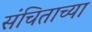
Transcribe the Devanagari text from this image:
संचिताच्या